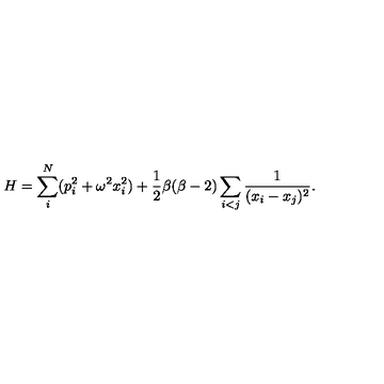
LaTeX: H = \sum _ { i } ^ { N } ( p _ { i } ^ { 2 } + \omega ^ { 2 } x _ { i } ^ { 2 } ) + { \frac { 1 } { 2 } } \beta ( \beta - 2 ) \sum _ { i < j } { \frac { 1 } { ( x _ { i } - x _ { j } ) ^ { 2 } } } .